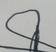
Signature authenticity: forged